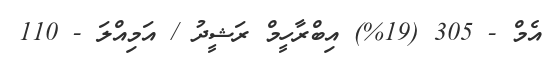
އެމް - 305 (19%) އިބްރާހީމް ރަޝީދު / އަމިއްލަ - 110